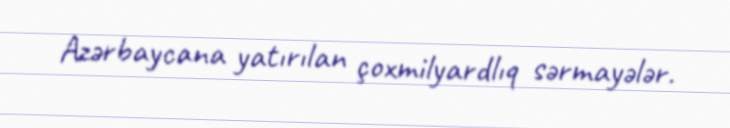
Azərbaycana yatırılan çoxmilyardlıq sərmayələr.